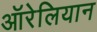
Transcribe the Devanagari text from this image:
ऑरेलियान